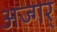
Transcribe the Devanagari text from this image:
अज्गर्